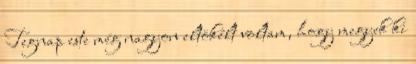
Tegnap este még nagyon eltökélt voltam, hogy megyek ki